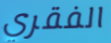
الفقري